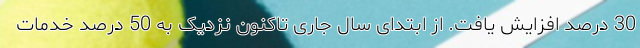
30 درصد افزایش یافت. از ابتدای سال جاری تاکنون نزدیک به 50 درصد خدمات